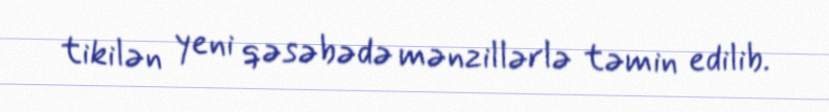
tikilən yeni qəsəbədə mənzillərlə təmin edilib.